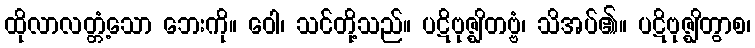
ထိုလာလတ္တံ့သော ဘေးကို။ ဝေါ၊ သင်တို့သည်။ ပဋိဗုဇ္ဈိတဗ္ဗံ၊ သိအပ်၏။ ပဋိဗုဇ္ဈိတွာစ၊